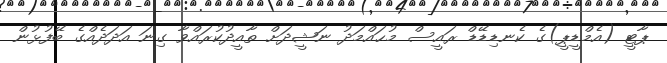
ޕާޓީ (އެމްޑީޕީ)ގެ ކެނޑިޑޭޑް ރައީސް މުޙައްމަދު ނަޝީދަށް ތާއީދުކުރައްވާ ގިނަ އަދަދެއްގެ ބޭފުޅުން